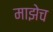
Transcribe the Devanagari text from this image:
माझेच